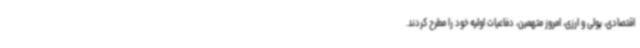
اقتصادی، پولی و ارزی، امروز متهمین، دفاعیات اولیه خود را مطرح کردند.